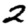
Digit: 2